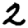
Digit: 2